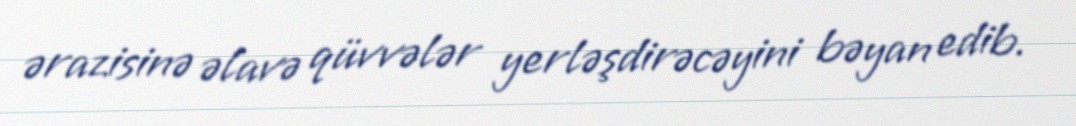
ərazisinə əlavə qüvvələr yerləşdirəcəyini bəyan edib.